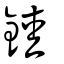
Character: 錴